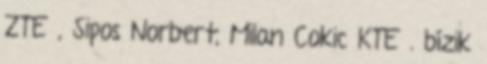
ZTE , Sipos Norbert, Milan Cokic KTE . bízik